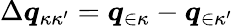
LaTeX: \Delta\boldsymbol{q}_{\kappa\kappa^{\prime}}=\boldsymbol{q}_{\in\kappa}-\boldsymbol{q}_{\in\kappa^{\prime}}